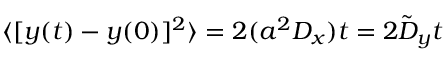
\langle [ y ( t ) - y ( 0 ) ] ^ { 2 } \rangle = 2 ( a ^ { 2 } D _ { x } ) t = 2 \tilde { D } _ { y } t